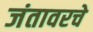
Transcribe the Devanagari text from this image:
जंतावरचे